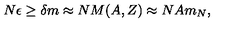
N \epsilon \geq \delta m \approx N M ( A , Z ) \approx N A m _ { N } ,